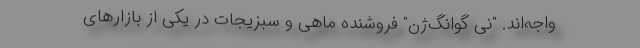
واجه‌اند. "نی گوانگ‌ژن" فروشنده ماهی و سبزیجات در یکی از بازارهای